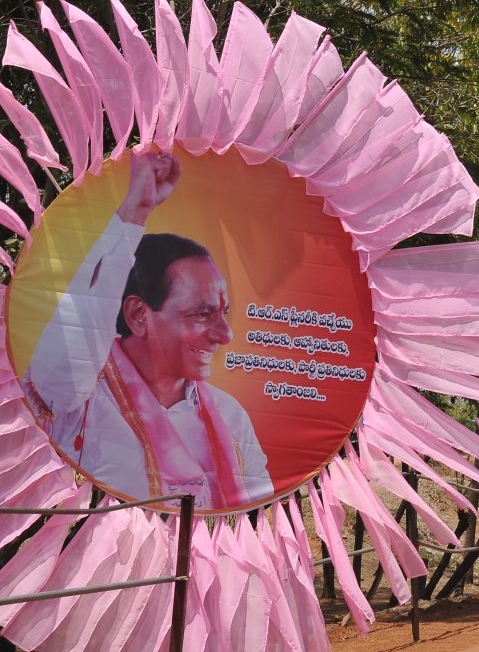
Language: telugu
Transcription: వచ్చేయు అతిథులకు, ప్రజాప్రతినిధులకు, స్వాగతాంజలి టి.ఆర్.ఎస్ పార్టీ ప్రతినిధులకు